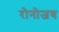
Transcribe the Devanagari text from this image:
रोनोजय